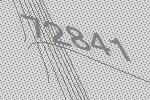
72841